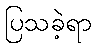
ပြသခဲ့ရာ